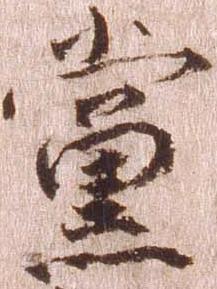
党